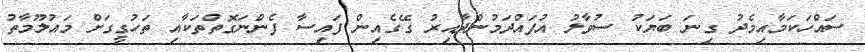
ސައްހަކަމާއިމެދު ގިނަ ބަޔަކު ސުވާލު އުފައްދަމުންދާއިރު ގޭގެއިން ފައިސާ ފެންނަގޮތްތަކާއި ތަހުގީގަށް މައުލޫމާތު